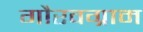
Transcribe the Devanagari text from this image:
गौरवग्राम